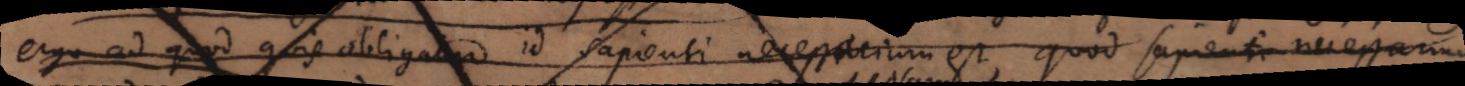
ergo ad quod quis obligatur id sapienti necessarium est, quod sapienti necessarium